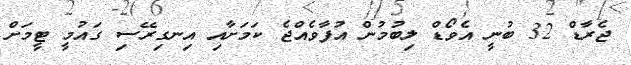
ޖެރާޑް 32 ބުނީ އެވޯޑް ލިބުމުން އުފާވެއްޖެ ކަމަށާއި އިނގިރޭސި ގައުމީ ޓީމަށް